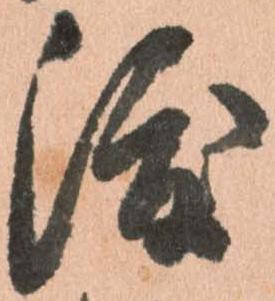
渡